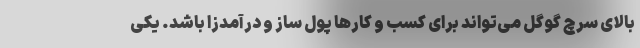
بالای سرچ گوگل می‌تواند برای کسب و کارها پول ساز و درآمدزا باشد. یکی